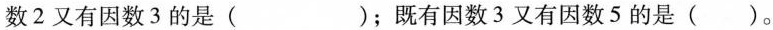
数2又有因数3的是( )；既有因数3又有因数5的是( )。